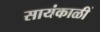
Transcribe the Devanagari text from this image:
सायंकाळीं